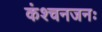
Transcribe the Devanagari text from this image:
कंश्चनजनः